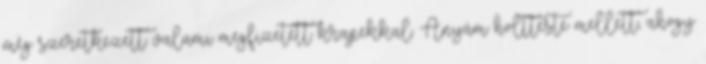
még szeretkezett valami megfizetett krapekkal. Anyám holtteste mellett, ahogy